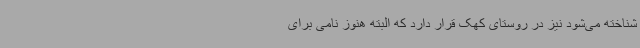
شناخته می‌شود نیز در روستای کهک قرار دارد که البته هنوز نامی برای